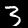
Label: 3